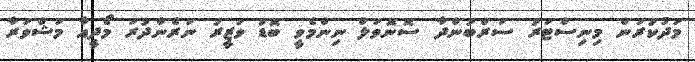
މަދުކުރަން މިނިސްޓަރު ސަރްބަންދާ ސޮނޮވަލް ނިންމެވީ ބޮޑު ވަޒީރު ނަރެންދުރަ މޯދީއާ މަޝްވަރާ